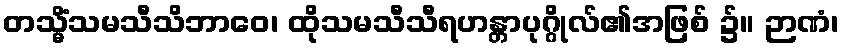
တသ္မိံသမသီသိဘာဝေ၊ ထိုသမသီသီရဟန္တာပုဂ္ဂိုလ်၏အဖြစ် ၌။ ဉာဏံ၊